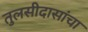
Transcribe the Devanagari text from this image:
तुलसीदासांचा